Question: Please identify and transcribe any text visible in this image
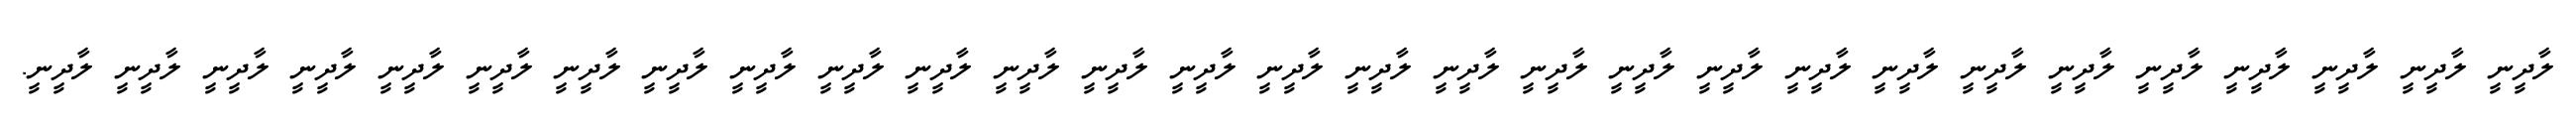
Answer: ލާދީނީ ލާދީނީ ލާދީނީ ލާދީނީ ލާދީނީ ލާދީނީ ލާދީނީ ލާދީނީ ލާދީނީ ލާދީނީ ލާދީނީ ލާދީނީ ލާދީނީ ލާދީނީ ލާދީނީ ލާދީނީ ލާދީނީ ލާދީނީ ލާދީނީ ލާދީނީ ލާދީނީ ލާދީނީ ލާދީނީ ލާދީނީ ލާދީނީ ލާދީނީ ލާދީނީ ލާދީނީ ލާދީނީ.